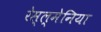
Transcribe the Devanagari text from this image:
रेस्ल्मेनिया